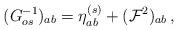
LaTeX: \begin{align*}(G^{-1}_{os})_{ab} = \eta_{ab}^{(s)} + ({\cal F}^2)_{ab} \, ,\end{align*}